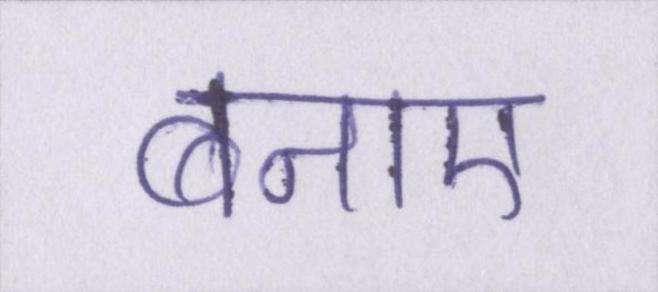
बनाए